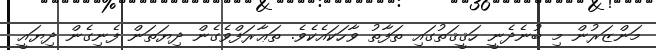
މަންޒަރުން މި ބުނެދެނީ ހަޤީޤަތުގައި ތަފާތު ވާހަކައެކެވެ. ތަޢާރަފްވެގެން ދިޔަތަން ފެނިގެން ދިޔައީ